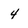
Character: 4